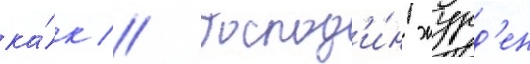
ка́к // Господ'и́н журд'ен